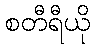
စတီရီယို